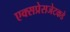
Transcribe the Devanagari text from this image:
एक्सप्रेसजेटकडे